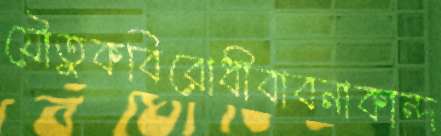
যৌতুকবিরোধীবাবনাকান্দ